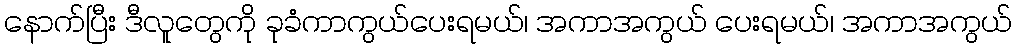
နောက်ပြီး ဒီလူတွေကို ခုခံကာကွယ်ပေးရမယ်၊ အကာအကွယ် ပေးရမယ်၊ အကာအကွယ်